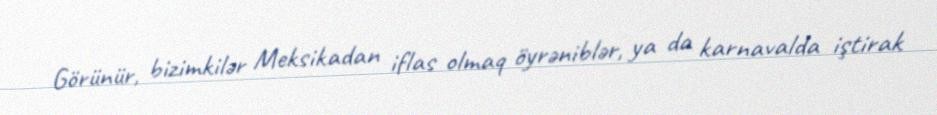
Görünür, bizimkilər Meksikadan iflas olmaq öyrəniblər, ya da karnavalda iştirak